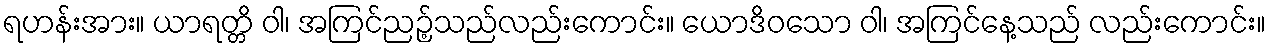
ရဟန်းအား။ ယာရတ္တိ ဝါ၊ အကြင်ညဉ့်သည်လည်းကောင်း။ ယောဒိဝသော ဝါ၊ အကြင်နေ့သည် လည်းကောင်း။